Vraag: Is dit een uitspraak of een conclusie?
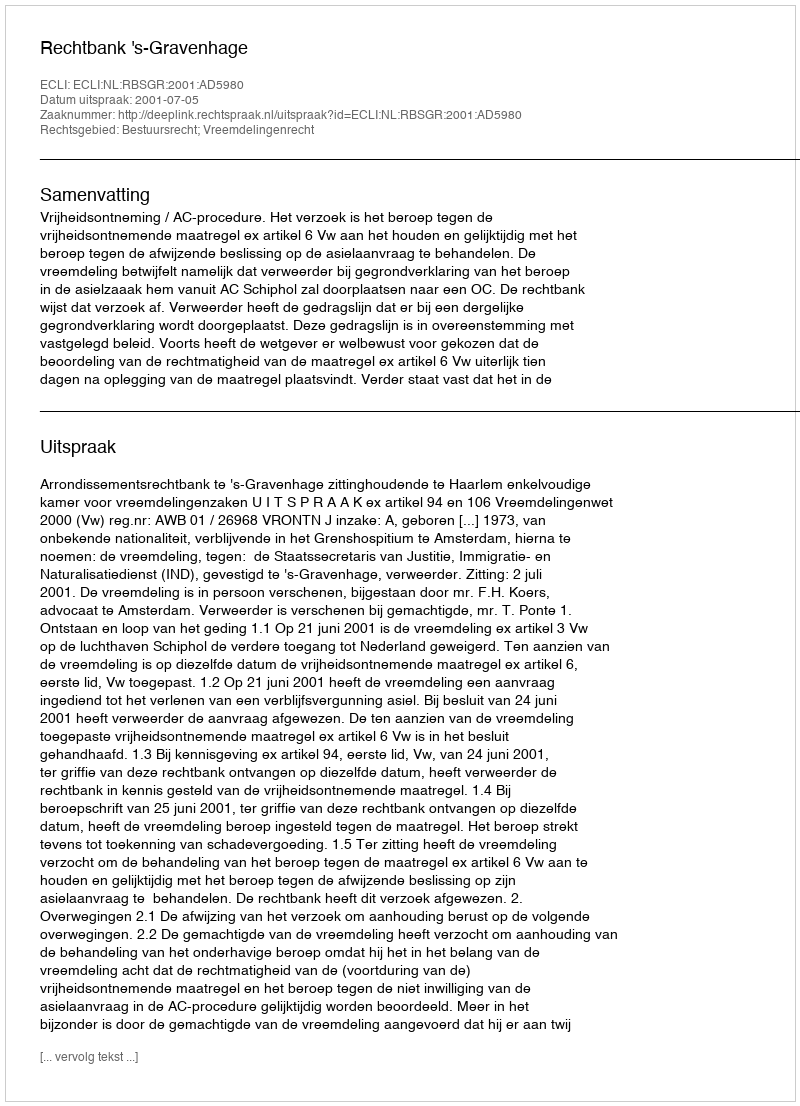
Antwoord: Uitspraak